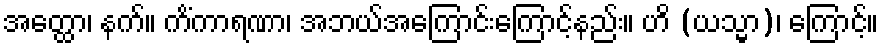
အတ္ထော၊ နက်။ ကိံကာရဏာ၊ အဘယ်အကြောင်းကြောင့်နည်း။ ဟိ (ယသ္မာ)၊ ကြောင့်။